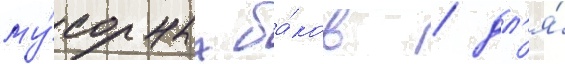
му́сорных ба́ков / дл'я́